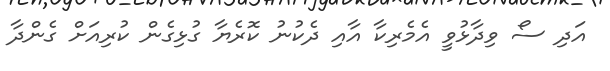
އަދި ސޯ ވިދާޅުވީ އެމެރިކާ އާއި ދެކުނު ކޮރެޔާ ގުޅިގެން ކުރިއަށް ގެންދާ